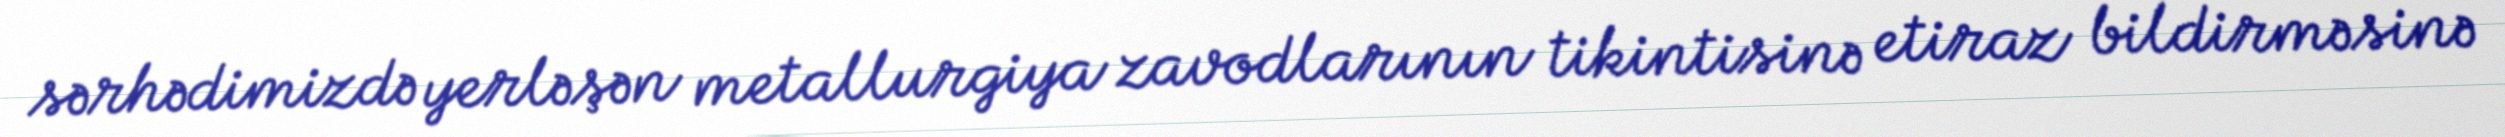
sərhədimizdə yerləşən metallurgiya zavodlarının tikintisinə etiraz bildirməsinə